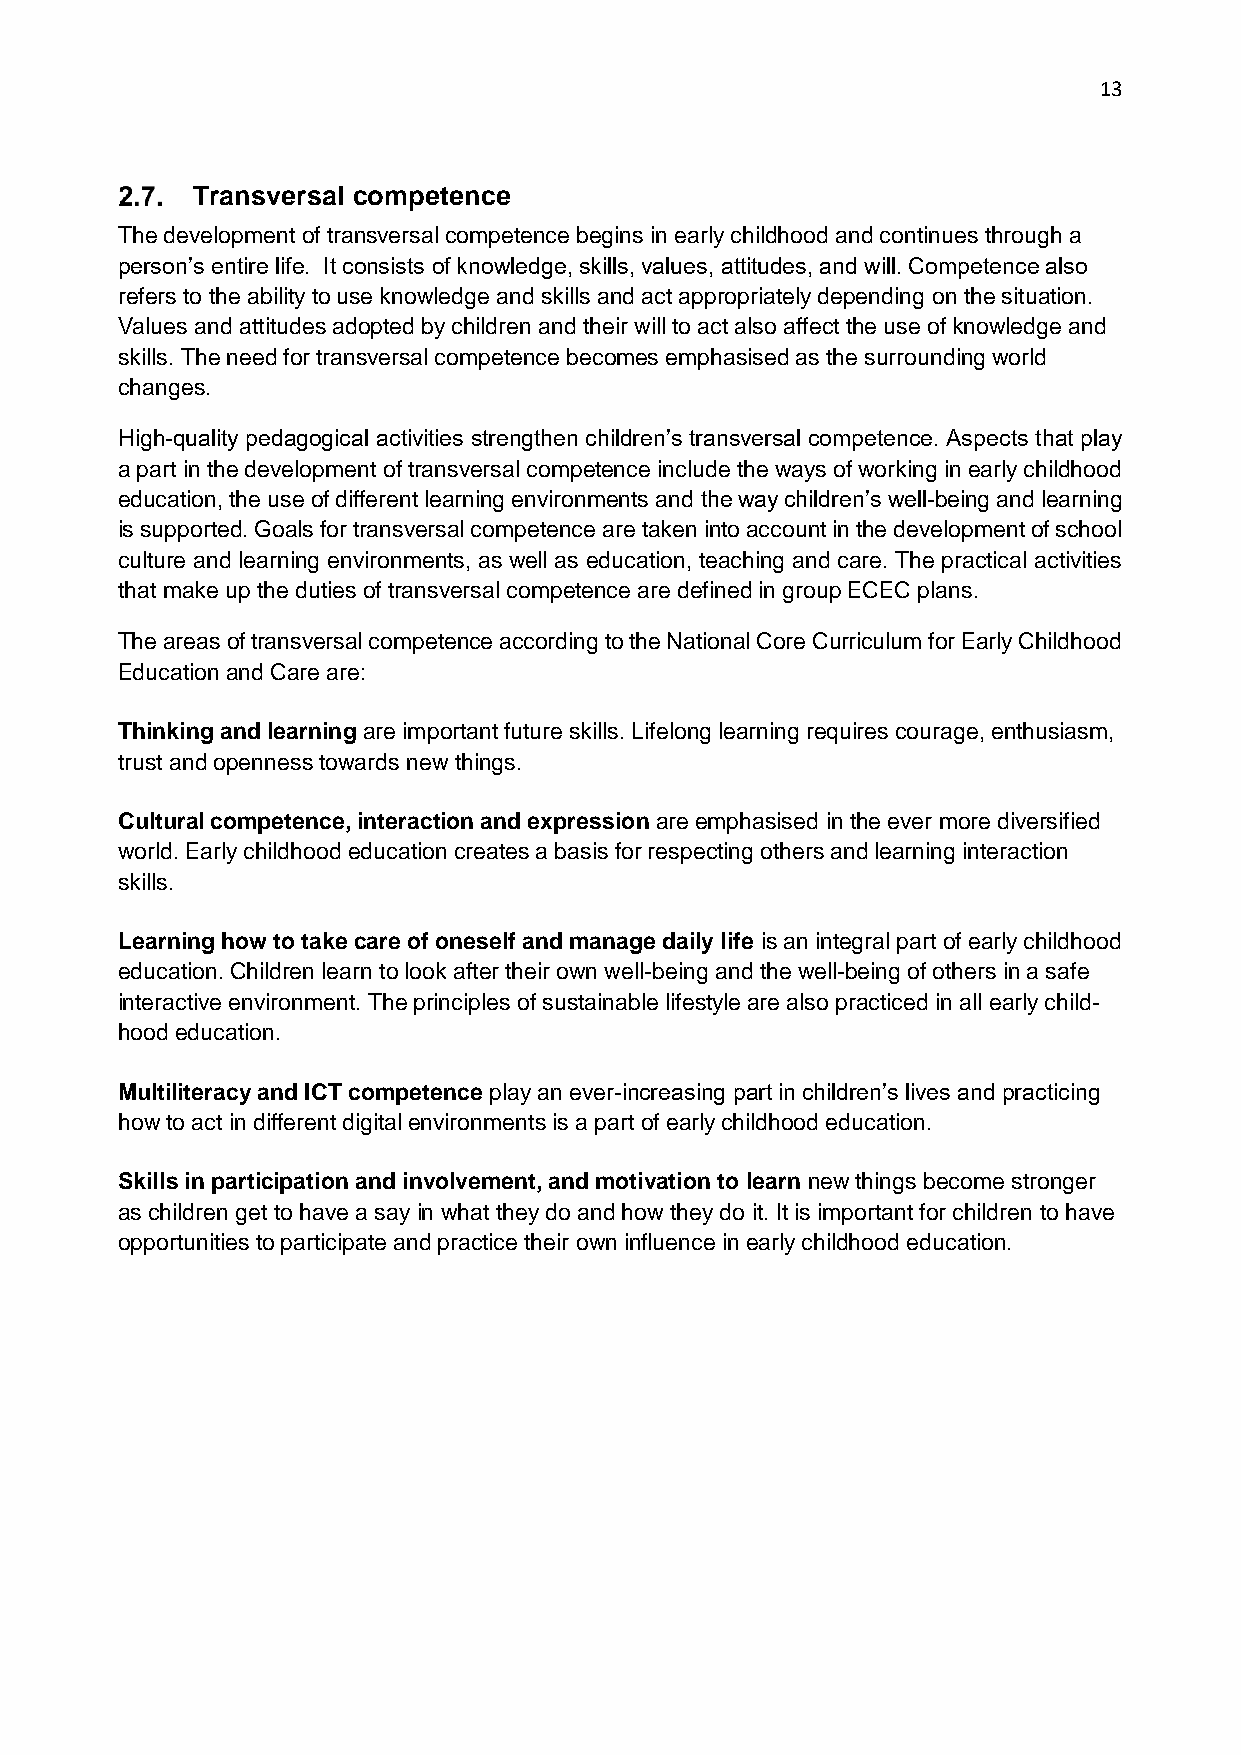
13
 Transversal competence
 The development of transversal competence begins in early childhood and continues through a
 person’s entire life. It consists of knowledge, skills, values, attitudes, and will. Competence also
 refers to the ability to use knowledge and skills and act appropriately depending on the situation.
 Values and attitudes adopted by children and their will to act also affect the use of knowledge and
 skills. The need for transversal competence becomes emphasised as the surrounding world
 changes.
 High-quality pedagogical activities strengthen children’s transversal competence. Aspects that play
 a part in the development of transversal competence include the ways of working in early childhood
 education, the use of different learning environments and the way children’s well-being and learning
 is supported. Goals for transversal competence are taken into account in the development of school
 culture and learning environments, as well as education, teaching and care. The practical activities
 that make up the duties of transversal competence are defined in group ECEC plans.
 The areas of transversal competence according to the National Core Curriculum for Early Childhood
 Education and Care are:
 Thinking and learning are important future skills. Lifelong learning requires courage, enthusiasm,
 trust and openness towards new things.
 Cultural competence, interaction and expression are emphasised in the ever more diversified
 world. Early childhood education creates a basis for respecting others and learning interaction
 skills.
 Learning how to take care of oneself and manage daily life is an integral part of early childhood
 education. Children learn to look after their own well-being and the well-being of others in a safe
 interactive environment. The principles of sustainable lifestyle are also practiced in all early child-
 hood education.
 Multiliteracy and ICT competence play an ever-increasing part in children’s lives and practicing
 how to act in different digital environments is a part of early childhood education.
 Skills in participation and involvement, and motivation to learn new things become stronger
 as children get to have a say in what they do and how they do it. It is important for children to have
 opportunities to participate and practice their own influence in early childhood education.